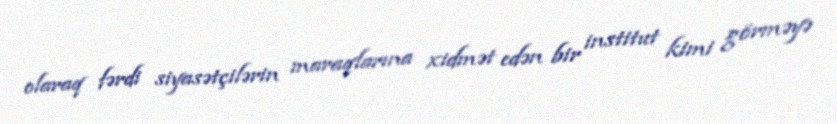
olaraq fərdi siyasətçilərin maraqlarına xidmət edən bir institut kimi görməyə